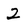
Character: 2